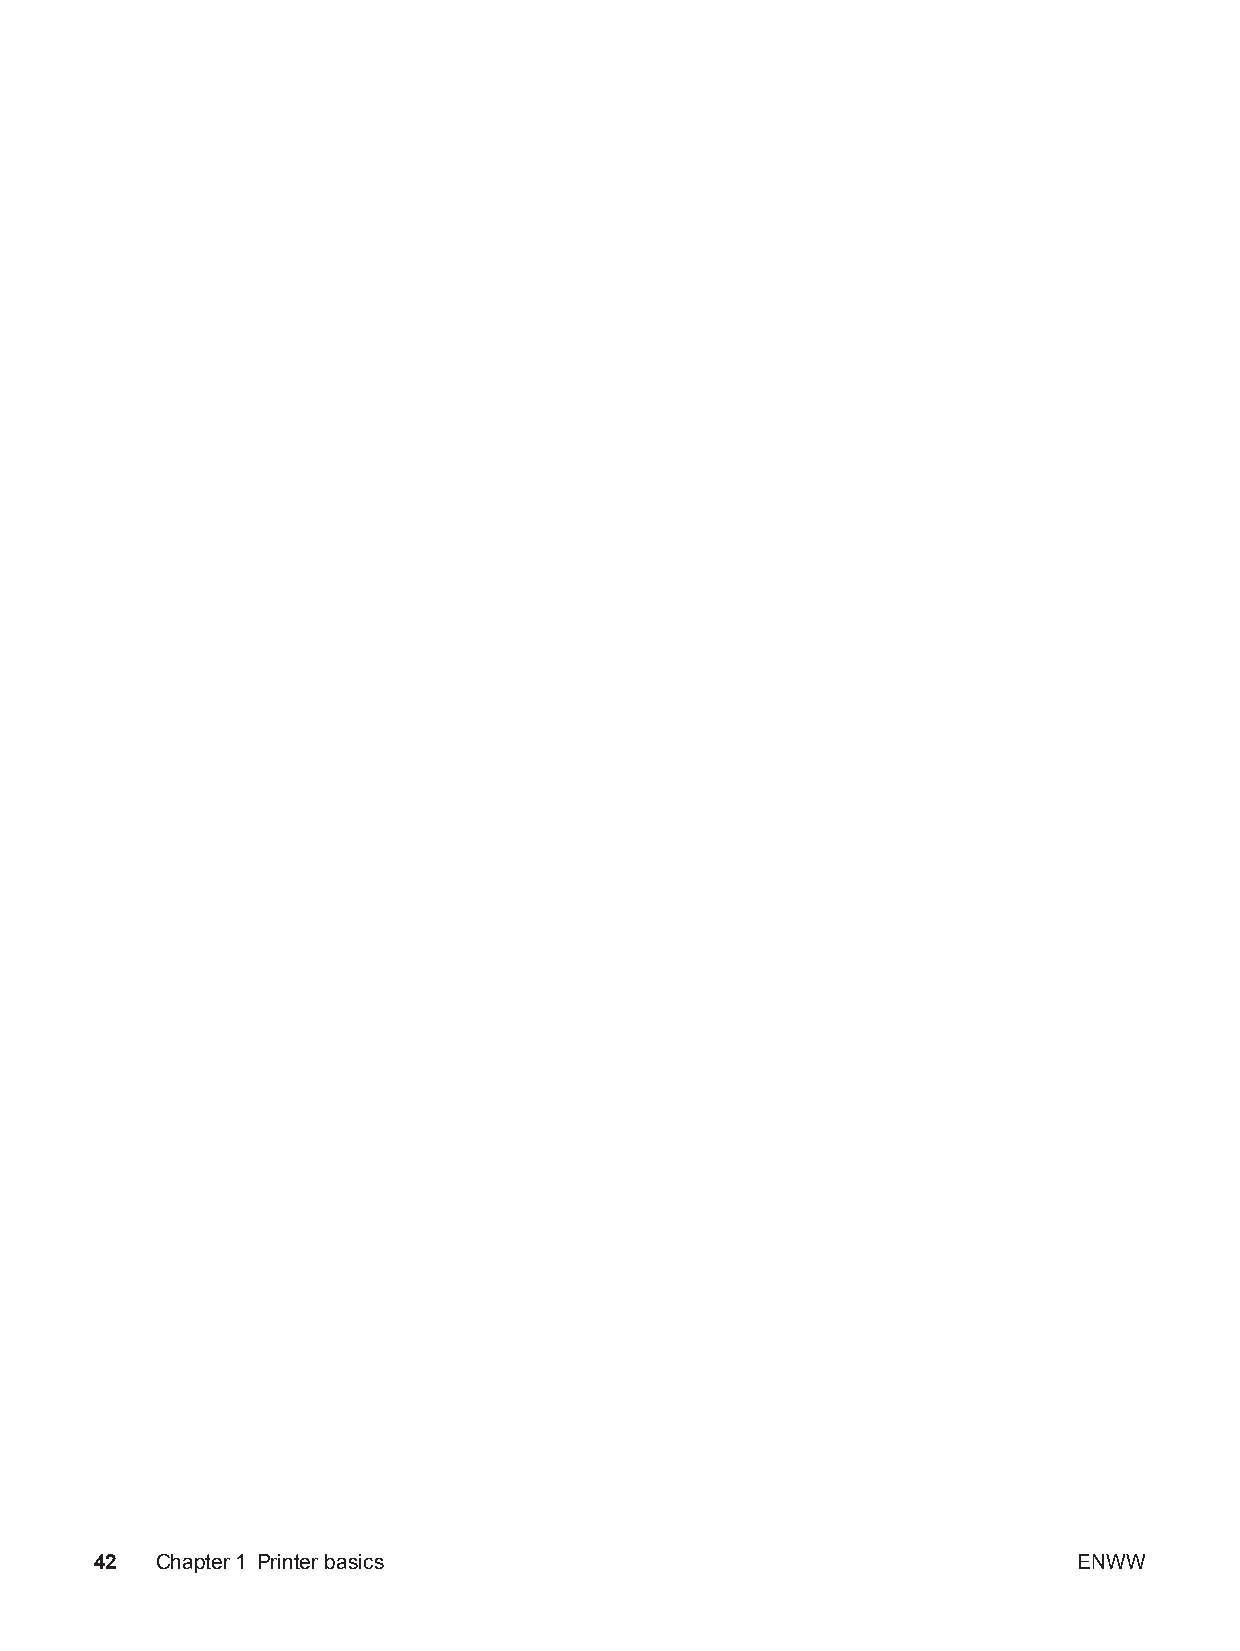
42  Chapter1 Printer basics                                      ENWW